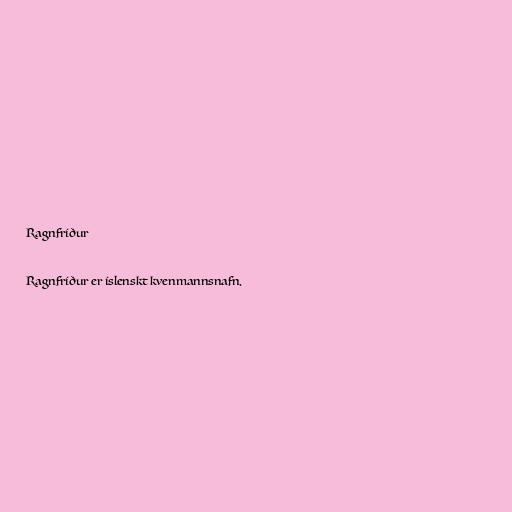
Ragnfríður

Ragnfríður er íslenskt kvenmannsnafn.